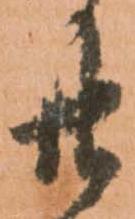
廿